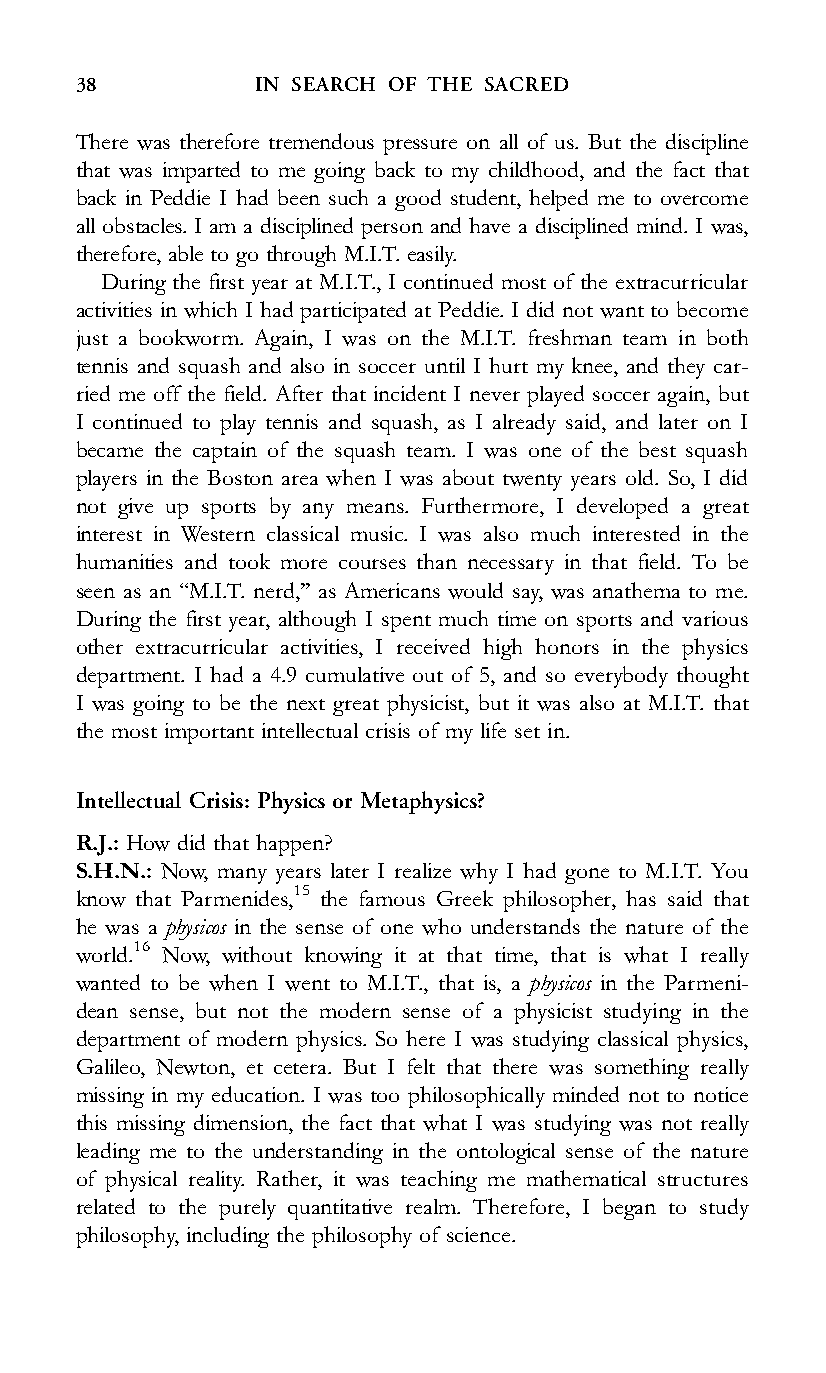
38          IN SEARCH OF THE SACRED
 There was therefore tremendous pressure on all of us. But the discipline
 that was imparted to me going back to my childhood, and the fact that
 back in Peddie I had been such a good student, helped me to overcome
 all obstacles. I am a disciplined person and have a disciplined mind. I was,
 therefore, able to go through M.I.T. easily.
 During the first year at M.I.T., I continued most of the extracurricular
 activities in which I had participated at Peddie. I did not want to become
 just a bookworm. Again, I was on the M.I.T. freshman team in both
 tennis and squash and also in soccer until I hurt my knee, and they car-
 ried me off the field. After that incident I never played soccer again, but
 I continued to play tennis and squash, as I already said, and later on I
 became the captain of the squash team. I was one of the best squash
 players in the Boston area when I was about twenty years old. So, I did
 not give up sports by any means. Furthermore, I developed a great
 interest in Western classical music. I was also much interested in the
 humanities and took more courses than necessary in that field. To be
 seen as an ‘‘M.I.T. nerd,’’ as Americans would say, was anathema to me.
 During the first year, although I spent much time on sports and various
 other extracurricular activities, I received high honors in the physics
 department. I had a 4.9 cumulative out of 5, and so everybody thought
 I was going to be the next great physicist, but it was also at M.I.T. that
 the most important intellectual crisis of my life set in.
 Intellectual Crisis: Physics or Metaphysics?
 R.J.: How did that happen?
 S.H.N.: Now, many years later I realize why I had gone to M.I.T. You
 know that Parmenides,15 the famous Greek philosopher, has said that
 he was a physicos in the sense of one who understands the nature of the
 world.16 Now, without knowing it at that time, that is what I really
 wanted to be when I went to M.I.T., that is, a physicos in the Parmeni-
 dean sense, but not the modern sense of a physicist studying in the
 department of modern physics. So here I was studying classical physics,
 Galileo, Newton, et cetera. But I felt that there was something really
 missing in my education. I was too philosophically minded not to notice
 this missing dimension, the fact that what I was studying was not really
 leading me to the understanding in the ontological sense of the nature
 of physical reality. Rather, it was teaching me mathematical structures
 related to the purely quantitative realm. Therefore, I began to study
 philosophy, including the philosophy of science.